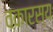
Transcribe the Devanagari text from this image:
वकारस्य